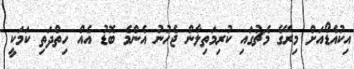
އިކުއެޑޯއަށް މިރޭގެ މެޗުގައި ކުރިމަތިލާން ޖެހުނު އެންމެ ބޮޑު އެއް ހިތްދަތި ކަމަކީ